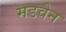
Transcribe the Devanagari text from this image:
मडवेन